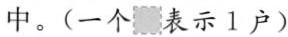
中。(一个\square 表示1户)